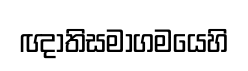
ඥාතිසමාගමයෙහි